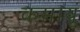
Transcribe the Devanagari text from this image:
कमायूं